Scottish Leaving Certificate Examination, 1961
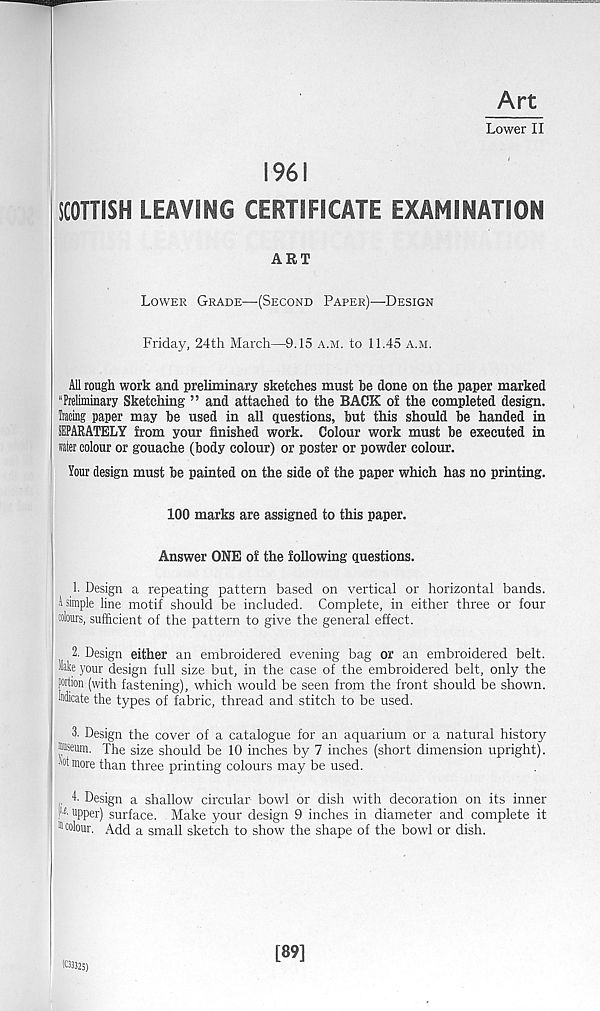
Art
Lower II
1961
SCOTTISH LEAVING CERTIFICATE EXAMINATION
ART
Lower Grade—(Second Paper)—Design
Friday, 24th March—9.15 a.m. to 11.45 a.m.
All rough work and preliminary sketches must be done on the paper marked
“Preliminary Sketching ” and attached to the BACK of the completed design,
being paper may be used in all questions, but this should be handed in
SEPARATELY from your finished work. Colour work must be executed in
rater colour or gouache (body colour) or poster or powder colour.
Your design must be painted on the side of the paper which has no printing.
100 marks are assigned to this paper.
Answer ONE of the following questions.
1. Design a repeating pattern based on vertical or horizontal bands.
A simple line motif should be included. Complete, in either three or four
tolotirs, sufficient of the pattern to give the general effect.
2. Design either an embroidered evening bag or an embroidered belt.
Hake your design full size but, in the case of the embroidered belt, only the
prtion (with fastening), which would be seen from the front should be shown.
Indicate the types of fabric, thread and stitch to be used.
3. Design the cover of a catalogue for an aquarium or a natural history
®seum. The size should be 10 inches by 7 inches (short dimension upright).
« more than three printing colours may be used.
4. Design a shallow circular- bowl or dish with decoration on its inner
F' upper) surface. Make your design 9 inches in diameter and complete it
11 colour. Add a small sketch to show the shape of the bowl or dish.
1033325)
[89]